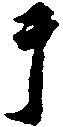
于